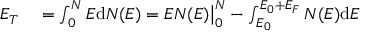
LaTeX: \begin{array} { r l } { E _ { T } } & { { } = \int _ { 0 } ^ { N } E \mathrm { d } N ( E ) = E N ( E ) { \big | } _ { 0 } ^ { N } - \int _ { E _ { 0 } } ^ { E _ { 0 } + E _ { F } } N ( E ) \mathrm { d } E } \end{array}